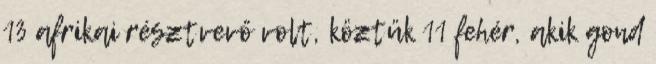
13 afrikai résztvevő volt, köztük 11 fehér, akik gond